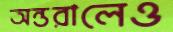
অন্তরালেও